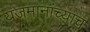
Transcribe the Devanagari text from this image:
यजमानांच्याच